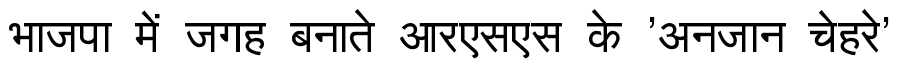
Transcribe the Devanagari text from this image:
भाजपा में जगह बनाते आरएसएस के 'अनजान चेहरे'